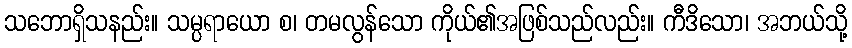
သဘောရှိသနည်း။ သမ္ပရာယော စ၊ တမလွန်သော ကိုယ်၏အဖြစ်သည်လည်း။ ကီဒိသော၊ အဘယ်သို့